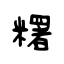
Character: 糬